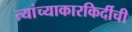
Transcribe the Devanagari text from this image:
त्यांच्याकारकिर्दीची